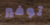
توفير